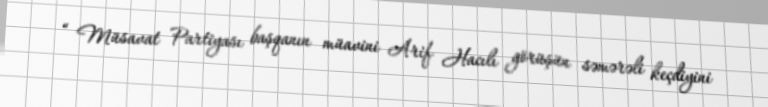
“ Müsavat Partiyası başqanın müavini Arif Hacılı görüşün səmərəli keçdiyini